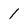
Character: 1